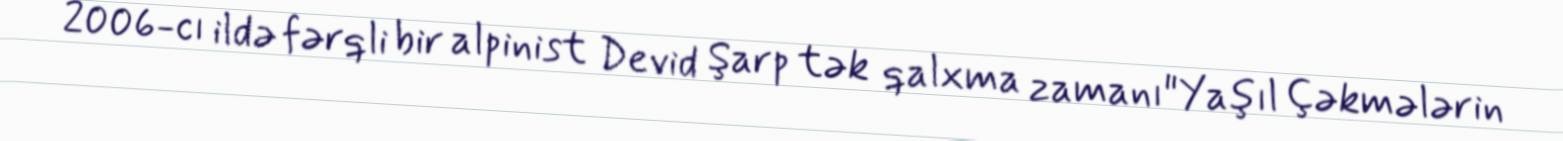
2006-cı ildə fərqli bir alpinist Devid Şarp tək qalxma zamanı"Yaşıl Çəkmələrin